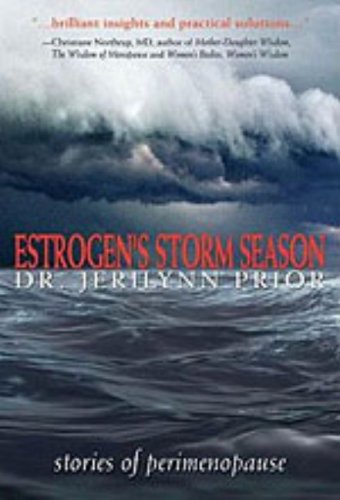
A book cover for Estrogen's Storm Season: Stories of Perimenopause; Jerilynn Prior; Health, Fitness & Dieting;